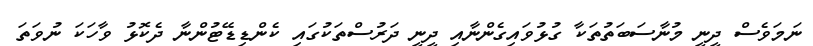
ނަމަވެސް ދީނީ މުނާސަބަތުތަކާ ގުޅުވައިގެންނާއި ދީނީ ދަރުސްތަކުގައި ކެންޑިޑޭޓުންނާ ދެކޮޅު ވާހަކަ ނުވަތަ